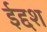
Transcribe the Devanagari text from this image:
ईद्दश